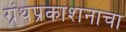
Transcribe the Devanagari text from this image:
ग्रंथप्रकाशनाचा